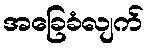
အခြေခံလျက်